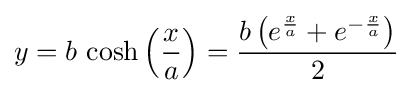
y=b\,\cosh \left({\frac {x}{a}}\right)={\frac {b\left(e^{\frac {x}{a}}+e^{-{\frac {x}{a}}}\right)}{2}}